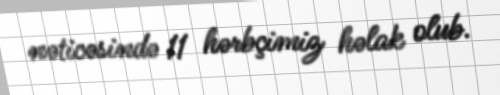
nəticəsində 11 hərbçimiz həlak olub.